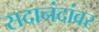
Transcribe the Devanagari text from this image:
सदानंदांवर